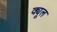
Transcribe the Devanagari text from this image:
क्यूल